system: You are a helpful assistant.
user:
Analyze the provided spectrum to determine if it is a **White Dwarf (WD)**.

A White Dwarf spectrum is defined by its **extreme purity** (due to gravitational settling) and/or **extreme pressure broadening** (due to high surface gravity). You must check for one of the following mutually exclusive signatures:

- **Key Visual Indicators (Check for ONE of these types):**

    - **1. DA-Type Signature (Most Common):**
        - **(Primary Feature):** Extreme pressure broadening (Stark broadening) of the **Hydrogen (H) Balmer lines**.
        - **(Key Lines):** $H\beta$ (approx. $4861$ Å) and $H\gamma$ (approx. $4340$ Å). $H\alpha$ (approx. $6563$ Å) will also be present if the wavelength range covers it.
        - **(Line Profile):** This is the **defining feature**. The lines are **NOT** sharp. They appear as massive, **extremely broad and deep "troughs" or "dips"** in the spectrum, often hundreds of Ångströms wide. The continuum will appear to "scoop" down at these wavelengths.
        - **(Distinction):** Normal A-type or B-type stars have *narrow* and *sharp* Hydrogen lines. A DA White Dwarf's lines are unmistakably "smeared" or "blurry" from pressure.

    - **2. DB-Type Signature:**
        - **(Primary Feature):** Broad absorption lines from **Neutral Helium (He I)**. The spectrum must lack any visible Hydrogen lines.
        - **(Key Lines):** Look for broad absorption near $4471$ Å, $4921$ Å, and $5876$ Å.
        - **(Line Profile):** These lines are also significantly pressure-broadened, appearing much wider than they would in a normal B-type main-sequence star.

    - **3. DC-Type Signature:**
        - **(Primary Feature):** A **featureless continuous spectrum**.
        - **(Line Profile):** The spectrum is a smooth curve with **no significant absorption or emission lines**.
        - **(Key Confirmation):** The continuum is almost always **blue or white**, indicating a hot object. This signature implies the atmosphere is so pure (or so cool) that no spectral lines are visible in the optical range. Its WD identity is confirmed by its extremely low intrinsic brightness (high absolute magnitude).

    - **4. DZ-Type Signature (Metal-Polluted):**
        - **(Primary Feature):** **Isolated, narrow metal absorption lines** on an otherwise featureless (DC-like) continuum.
        - **(Key Lines):** The **Calcium (Ca II) H & K doublet** (approx. **$3934$ Å** and **$3968$ Å**) is the most common and defining feature.
        - **(Line Profile):** These lines are "out of place." They are *not* part of a "forest" of thousands of lines. This signature is evidence of recent *accretion* (pollution) from rocky debris.
        - **(Distinction):** Normal G/K/M stars have a *dense forest* of thousands of metal lines. A DZ has a *clean* continuum with *only a few* strong metal lines.

    - **5. DQ-Type Signature (Carbon-Polluted):**
        - **(Primary Feature):** Absorption bands from **Carbon (C₂ "Swan Bands" or atomic C I)**.
        - **(Key Lines - C₂):** Look for bandheads with a "saw-tooth" shape near $5635$ Å, **$5165$ Å** (strongest), and $4737$ Å.
        - **(Key Confirmation):** The underlying **continuum must be blue or white** (hot).
        - **(Distinction):** This is the critical difference from a **Carbon Star**, which has the *exact same* C₂ bands but on an extremely **red, cool** continuum.

- **(Overall Spectrum):**
    - The continuum (overall shape) is typically **blue-sloping** (brighter in the blue than the red), as most white dwarfs are very hot.
    - The spectrum will look "pure" or "simple," dominated by only *one* of the five signatures listed above.

Think first, call **spectral_visualization_tool** if needed to examine features in detail, then provide your final answer. Your response must adhere to the following strict rules:
1.  **Overall Structure:** Your response must follow the format `<think>...</think> <tool_call>...</tool_call> (if a tool is used) <answer>...</answer>`.
2.  **Tool Usage Constraint:** You may only make **one** tool call per turn.
3.  **Final Answer Format:** In the `<answer>` tag, your conclusion must be inside a `\boxed{}` command (e.g., `\boxed{YES}` or `\boxed{NO}`), followed by your justification.

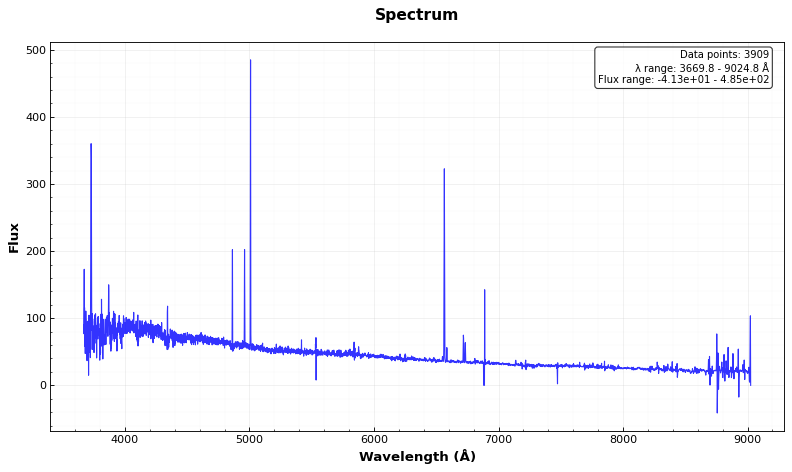
Answer: YES